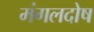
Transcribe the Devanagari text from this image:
मंगलदोष